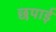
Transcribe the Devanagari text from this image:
छपार्इ